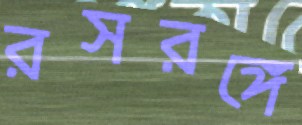
রসরঙ্গে